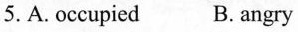
5.A.occupied B. angry